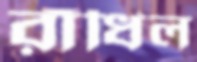
রাঁধিল